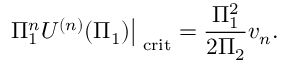
\left. \Pi _ { 1 } ^ { n } U ^ { ( n ) } ( \Pi _ { 1 } ) \right| _ { \mathrm { \scriptsize ~ c r i t } } = \frac { \Pi _ { 1 } ^ { 2 } } { 2 \Pi _ { 2 } } v _ { n } .